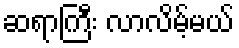
ဆရာကြီး လာလိမ့်မယ်